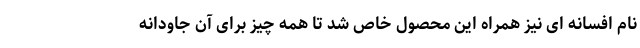
نام افسانه ای نیز همراه این محصول خاص شد تا همه چیز برای آن جاودانه